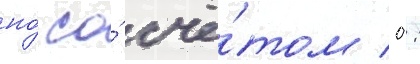
но́ со́ счё́том 0: